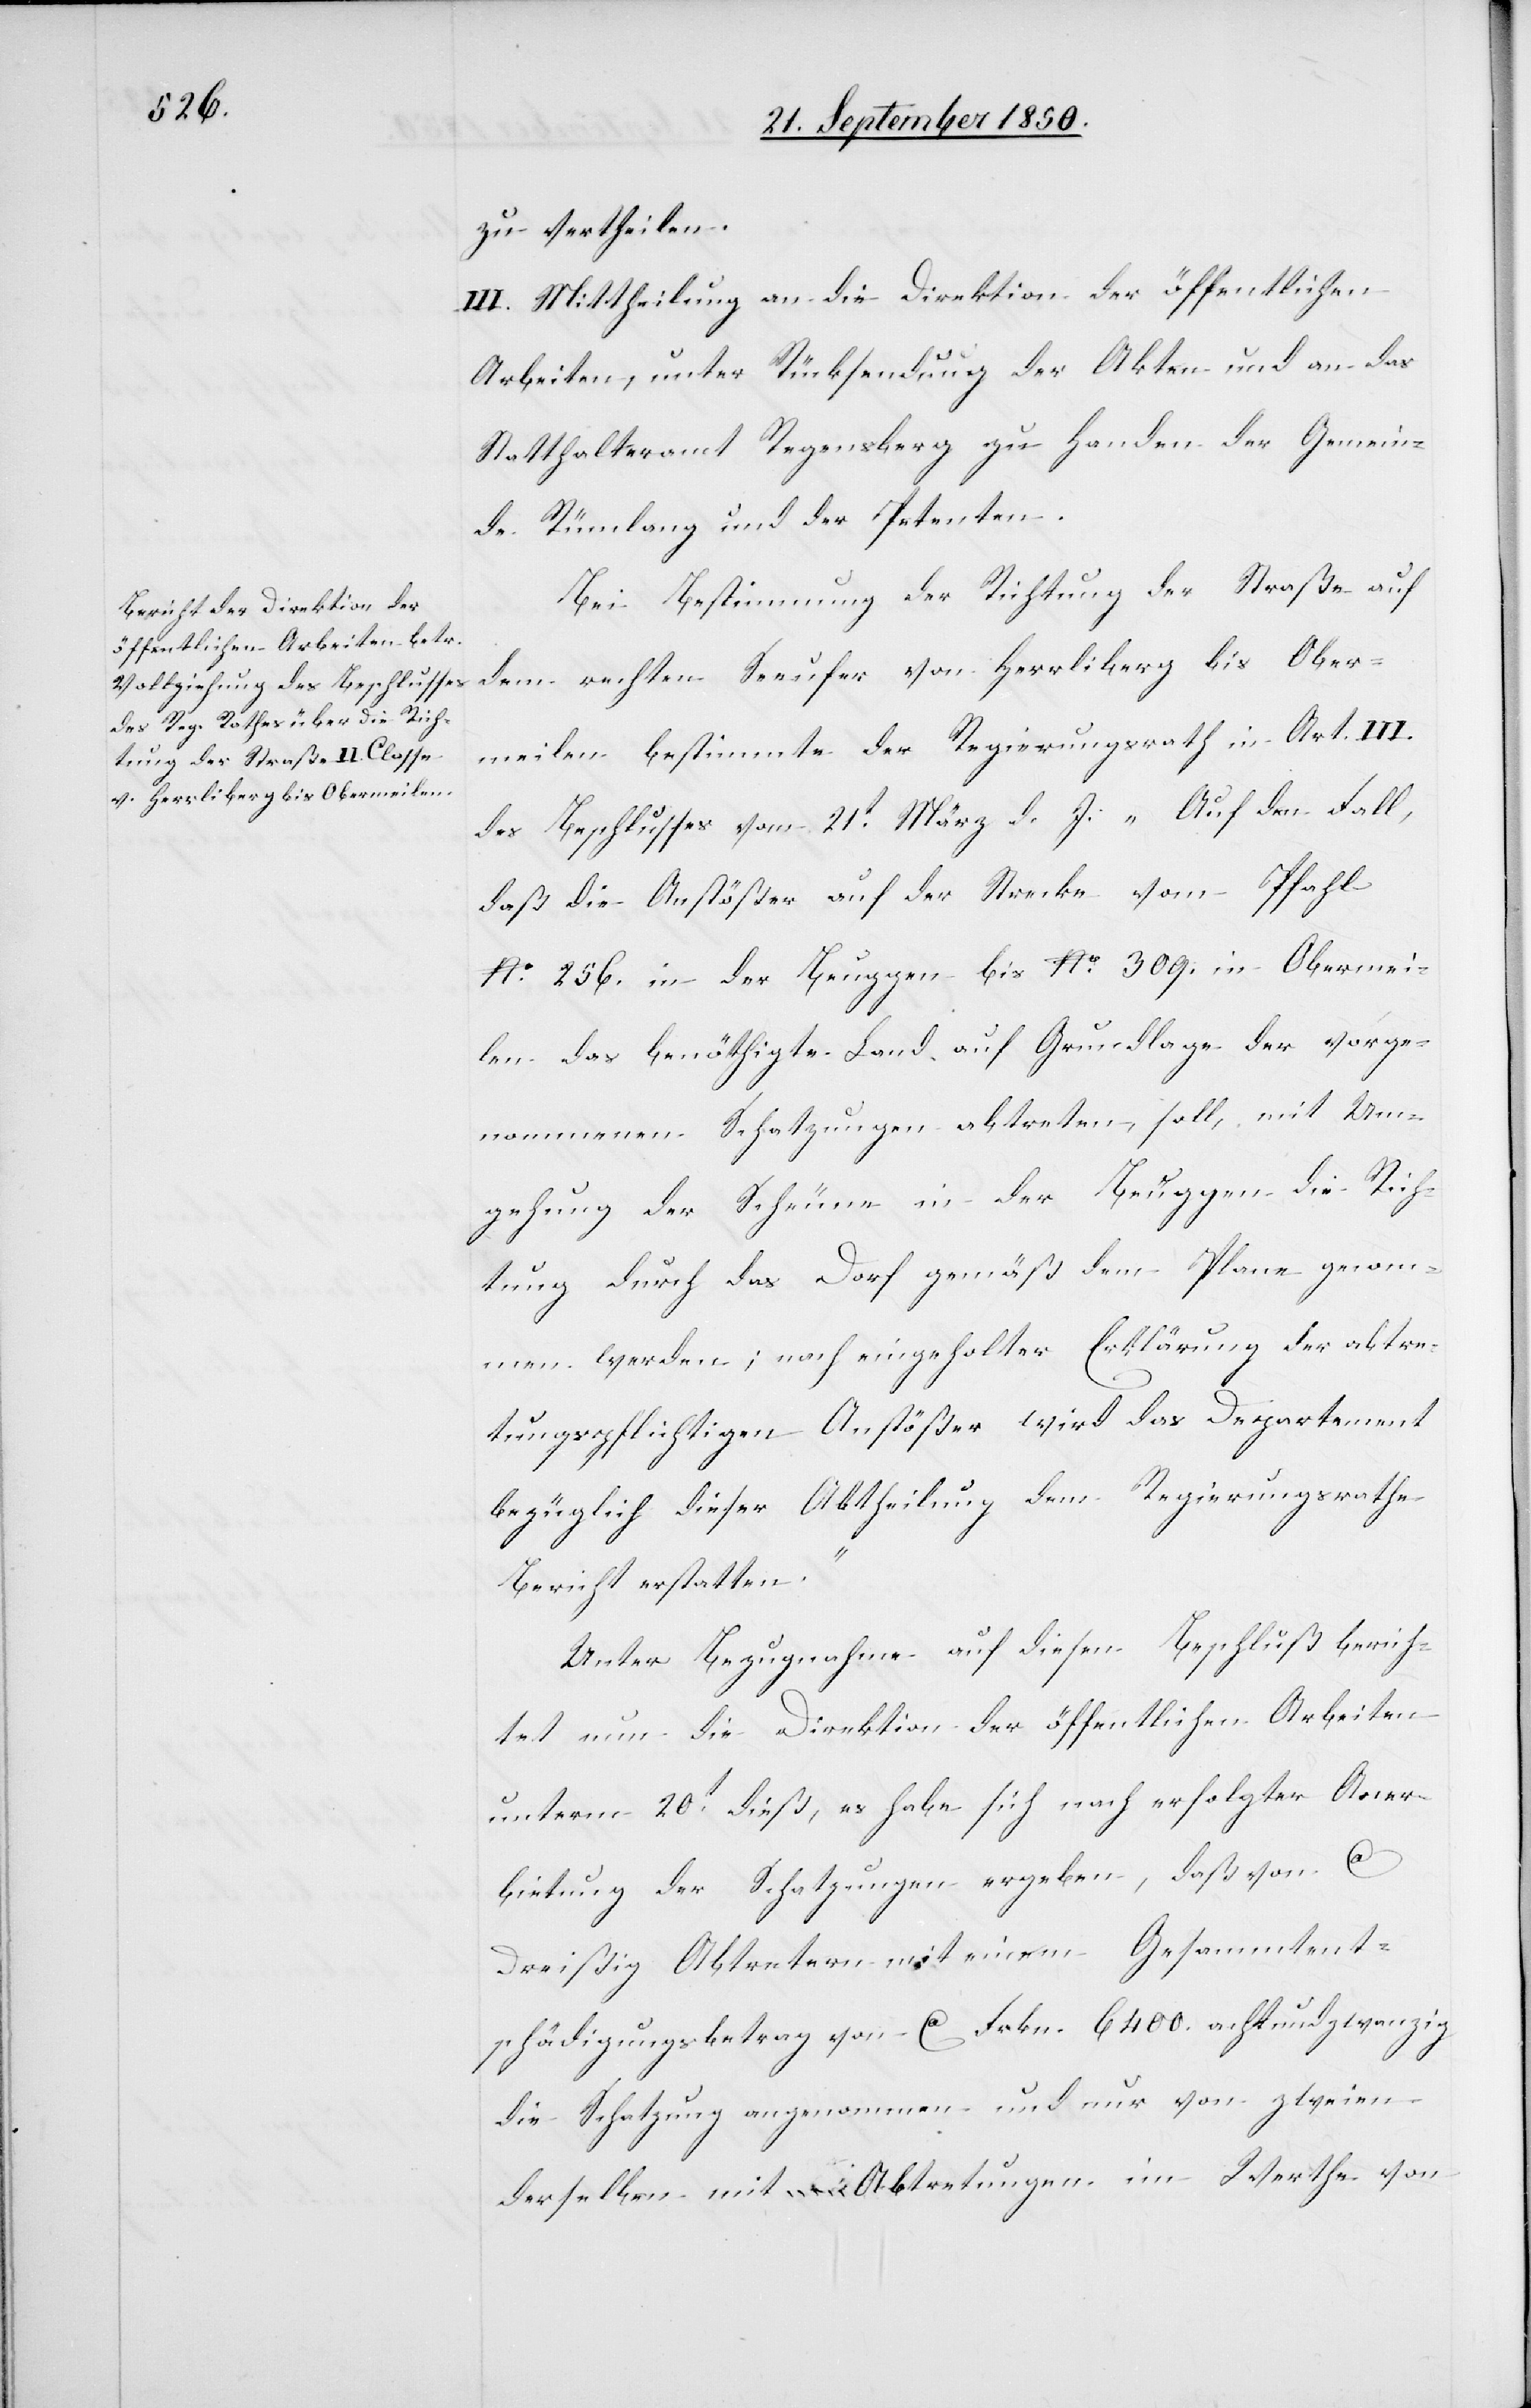
zu vertheilen.
III. Mittheilung an die Direktion der öffentlichen
Arbeiten, unter Rücksendung der Akten und an das
Statthalteramt Regensberg zu Handen der Gemein¬
de Rümlang und der Petenten.
Bei Bestimmung der Richtung der Straße auf
dem rechten Seeufer von Herrliberg bis Ober¬
meilen bestimmte der Regierungsrath in Art. III.
des Beschlusses vom 21t März d. J: „Auf den Fall,
daß die Anstößer auf der Strecke vom Pfahl
No. 256. in der Beuggen bis No. 309. in Obermei¬
len das benöthigte Land auf Grundlage der vorge¬
nommenen Schatzungen abtreten, soll, mit Um¬
gehung der Scheune in der Beuggen die Rich¬
tung durch das Dorf gemäß dem Plane genom¬
men werden; nach eingeholter Erklärung der abtre¬
tungspflichtigen Anstößer wird das Departement
bezüglich dieser Abtheilung dem Regierungsrathe
Bericht erstatten.“
Unter Bezugnahme auf diesen Beschluß berich¬
tet nun die Direktion der öffentlichen Arbeiten
unterm 20t dieß, es habe sich nach erfolgter Aner¬
bietung der Schatzungen ergeben, daß von ca
dreißig Abtretern mit einem Gesammtent¬
schädigungsbetrag von ca Frkn.6400. achtundzwanzig
die Schatzung angenommen und nur von zweien
derselben mit Abtretungen im Werthe von